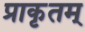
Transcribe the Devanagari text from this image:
प्राकृतम्